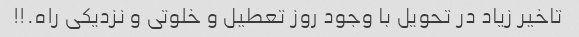
تاخیر زیاد در تحویل با وجود روز تعطیل و خلوتی و نزدیکی راه.!!